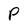
Character: P